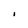
Character: I